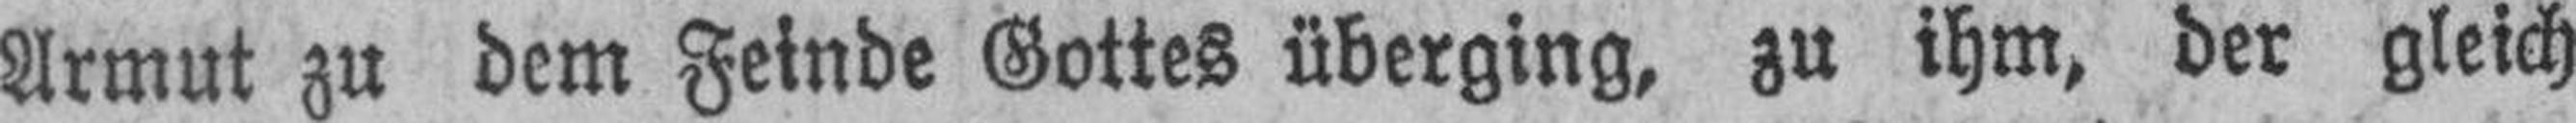
Armut zu dem Feinde Gottes überging, zu ihm, der gleich